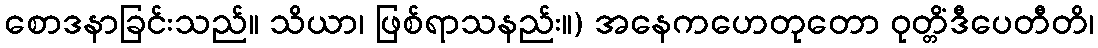
စောဒနာခြင်းသည်။ သိယာ၊ ဖြစ်ရာသနည်း။) အနေကဟေတုတော ဝုတ္တိံဒီပေတီတိ၊